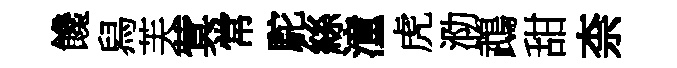
饞舄芙蓂常駝絲潼虎泐鵡甜柰